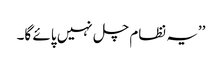
’’یہ نظام چل نہیں پائے گا۔